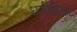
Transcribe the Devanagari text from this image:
धर्यशीला